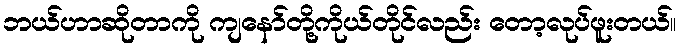
ဘယ်ဟာဆိုတာကို ကျနော်တို့ကိုယ်တိုင်လည်း တော့လုပ်ဖူးတယ်။